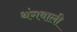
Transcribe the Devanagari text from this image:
थंगबाली